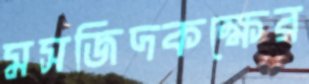
মসজিদকক্ষের